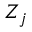
Z _ { j }